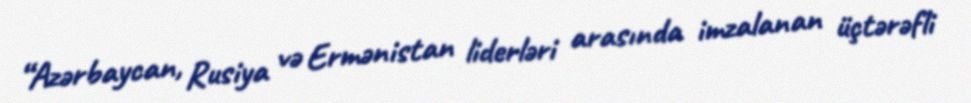
“Azərbaycan, Rusiya və Ermənistan liderləri arasında imzalanan üçtərəfli